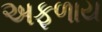
અફળાય